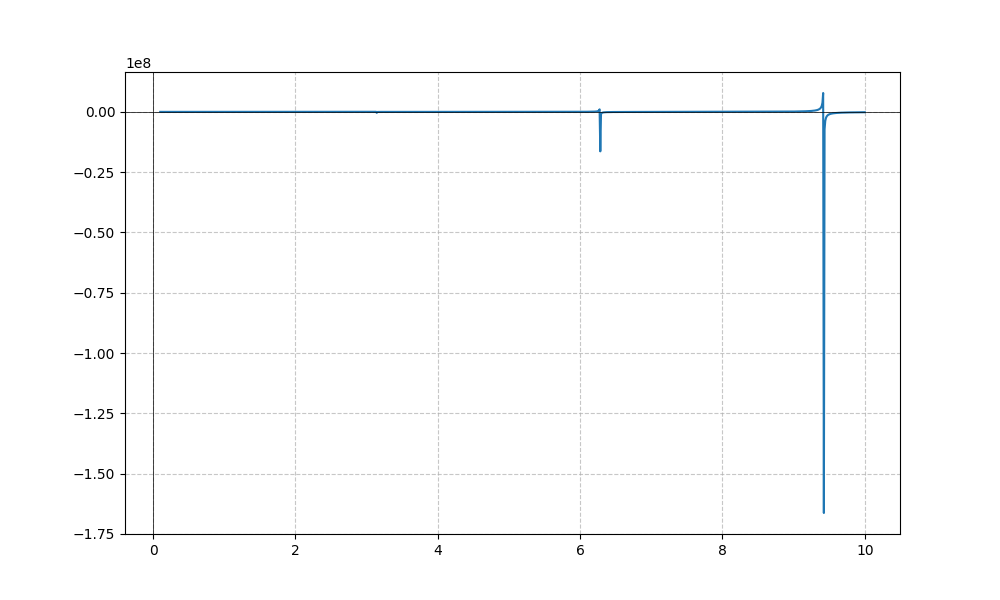
LaTeX formula: - x^{5} \cot{\left(x \right)}